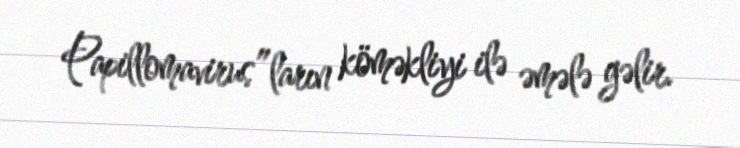
Papillomavirus”ların köməkliyi ilə əmələ gəlir.